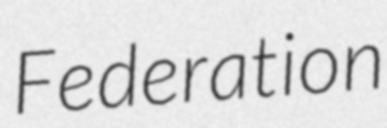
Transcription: Federation